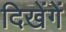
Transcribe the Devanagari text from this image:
दिखेंगें